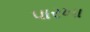
પારખા